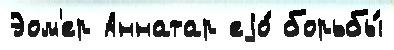
Эом'ер Аннатар еjо́ борьбы́